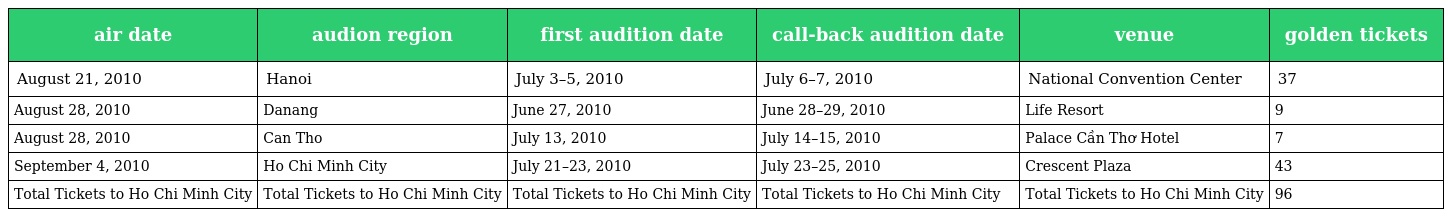
| air date | audion region | first audition date | call-back audition date | venue | golden tickets |
 | --- | --- | --- | --- | --- | --- |
 | August 21, 2010 | Hanoi | July 3–5, 2010 | July 6–7, 2010 | National Convention Center | 37 |
 | August 28, 2010 | Danang | June 27, 2010 | June 28–29, 2010 | Life Resort | 9 |
 | August 28, 2010 | Can Tho | July 13, 2010 | July 14–15, 2010 | Palace Cần Thơ Hotel | 7 |
 | September 4, 2010 | Ho Chi Minh City | July 21–23, 2010 | July 23–25, 2010 | Crescent Plaza | 43 |
 | Total Tickets to Ho Chi Minh City | Total Tickets to Ho Chi Minh City | Total Tickets to Ho Chi Minh City | Total Tickets to Ho Chi Minh City | Total Tickets to Ho Chi Minh City | 96 |